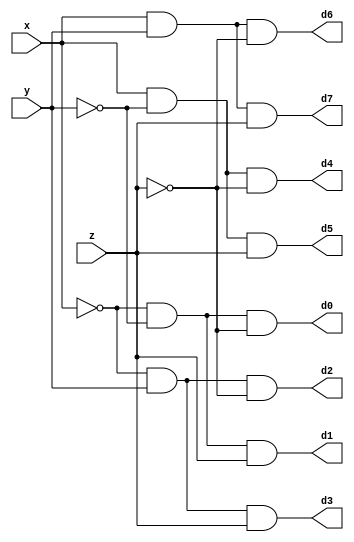
module DECODER(d0,d1,d2,d3,d4,d5,d6,d7,x,y,z);
	input x,y,z;
	output d0,d1,d2,d3,d4,d5,d6,d7;
	wire x0,y0,z0;
	not n1(x0,x);
	not n2(y0,y);
	not n3(z0,z);
	and a0(d0,x0,y0,z0);
	and a1(d1,x0,y0,z);
	and a2(d2,x0,y,z0);
	and a3(d3,x0,y,z);
	and a4(d4,x,y0,z0);
	and a5(d5,x,y0,z);
	and a6(d6,x,y,z0);
	and a7(d7,x,y,z);
endmodule

//Do not use the input as an array if it can't be interpreted as one. Don't think of testbench simplicity.
module FADDER(s,c,x,y,z);
	input x,y,z;
	wire d0,d1,d2,d3,d4,d5,d6,d7;
	output s,c;
	DECODER dec(d0,d1,d2,d3,d4,d5,d6,d7,x,y,z);
	assign s = d1 | d2 | d4 | d7,
	 c = d3 | d5 | d6 | d7;
endmodule


module eight_bitadder (out , cout , a , b , cin) ;
	// Be very careful about the indexing of arrays.
	output [7:0] out ;
	output cout ;
	input [7:0] a, b ;
	input cin ;
	
	wire c0, c1, c2, c3, c4, c5, c6, c7 ;
	
	FADDER f0 (out[0] , c0 , cin , a[0] , b[0]) ;
	FADDER f1 (out[1] , c1 , c0 , a[1] , b[1]) ;
	FADDER f2 (out[2] , c2 , c1 , a[2] , b[2]) ;
	FADDER f3 (out[3] , c3 , c2 , a[3] , b[3]) ;
	FADDER f4 (out[4] , c4 , c3 , a[4] , b[4]) ;
	FADDER f5 (out[5] , c5 , c4 , a[5] , b[5]) ;
	FADDER f6 (out[6] , c6 , c5 , a[6] , b[6]) ;
	FADDER f7 (out[7] , c7 , c6 , a[7] , b[7]) ;
	
	buf (cout , c7) ;
	
endmodule

module testbench ;
	reg [7:0] a , b ;
	reg cin ;
	wire [7:0] out ;
	wire cout ;
	eight_bitadder eba(out , cout , a ,  b , cin) ;
	
	initial
		begin
			$monitor ( , $time , "a = %b | b = %b | sum = %b | cout = %b " , a , b , out , cout) ;
			#0 a = 8'b0000_0001 ; b = 8'b0000_0001 ; cin = 1'b0 ;
			#1 a = 8'b1001_0111 ; b = 8'b0000_0001 ; 
			#1 a = 8'b0111_1111 ; b = 8'b0000_0001 ; 
			#1 a = 8'b1111_0011 ; b = 8'b0000_0011 ; 
			#1 a = 8'b1111_1111 ; b = 8'b0000_0001 ; 
			$finish ;
		end

endmodule